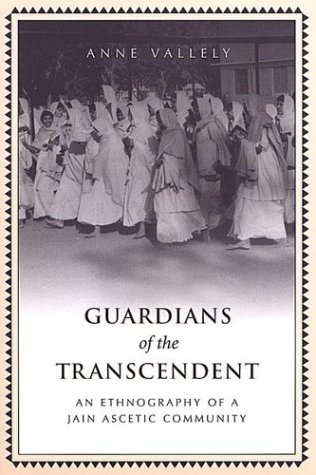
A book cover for Guardians of the Transcendent: An Ethnography of a Jain Ascetic Community (Anthropological Horizons); Anne Vallely; Religion & Spirituality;